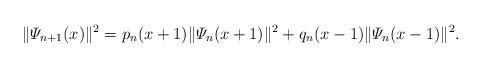
LaTeX: \begin{align*}\|\varPsi_{n+1}(x)\|^2 = p_n(x+1)\|\varPsi_n(x+1)\|^2 + q_n(x-1)\|\varPsi_n(x-1)\|^2.\end{align*}